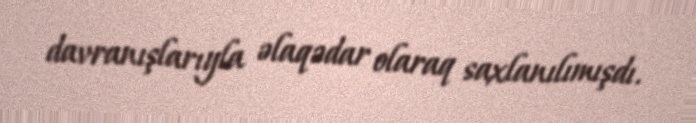
davranışlarıyla əlaqədar olaraq saxlanılımışdı.